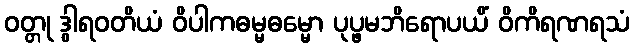
ဝတ္တု ဒွါရဝတိယံ ဝိပါကဓမ္မဓမ္မော ပုပ္ဖမဘိရောပယိံ ဝိကိရဏရသံ